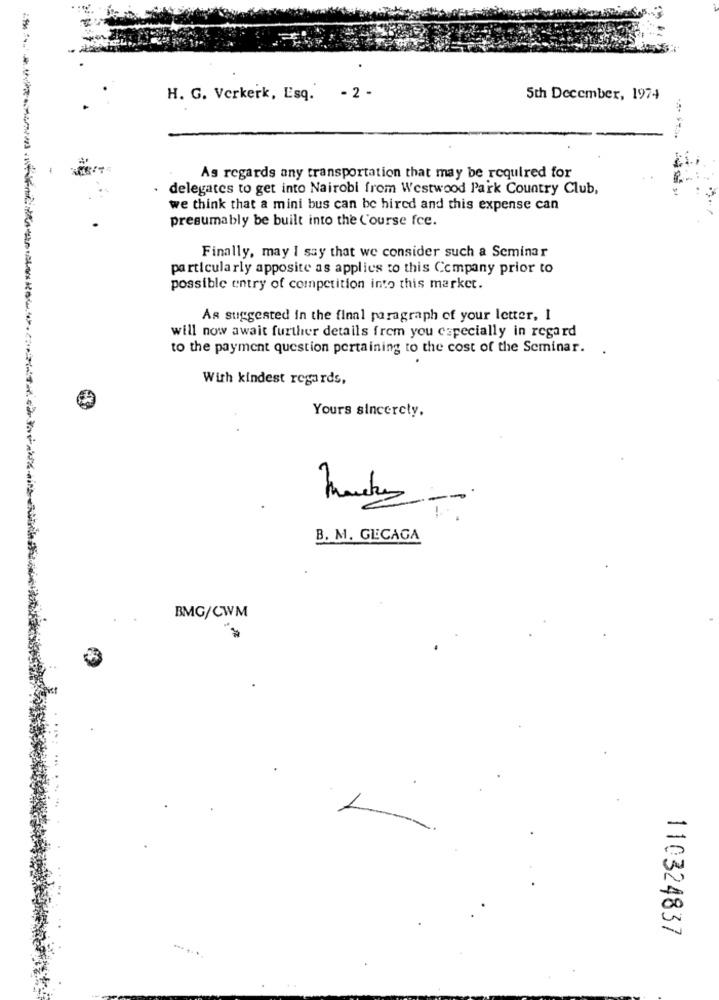
H. G. Verkerk, Esq. - 2 -
5th December, 1974
As regards any transportation that may be required for
delegates to get into Nairobi from Westwood Park Country Club,
we think that a mini bus can be hired and this expense can
presumably be built into the Course fce.
Finally, may I say that we consider such a Seminar
particularly apposite as applies to this Company prior to
possible entry of competition into this market.
As suggested in the final paragraph of your letter, 1
will now await further details from you especially in regard
to the payment question pertaining to the cost of the Seminar.
Wirh kindest regards,
Yours sincerely.
B. M. GECAGA
BMG/CWM
110324837
-...